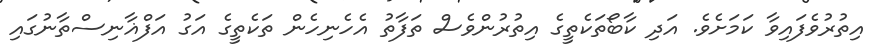
އިތުރުވެފައިވާ ކަމަށެވެ. އަދި ކާބޯތަކެތީގެ އިތުރުންވެސް ތަފާތު އެހެނިހެން ތަކެތީގެ އަގު އަފްޣާނިސްތާނުގައި